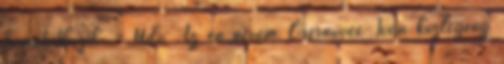
bemutatkozik. - Üdv Az én nevem Csernovec Iván közlegény